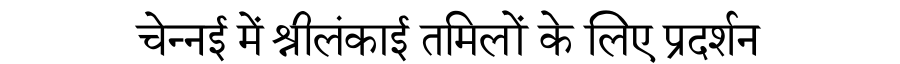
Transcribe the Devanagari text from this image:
चेन्नई में श्रीलंकाई तमिलों के लिए प्रदर्शन